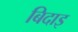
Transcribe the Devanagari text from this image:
बिदाइ